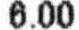
6.00